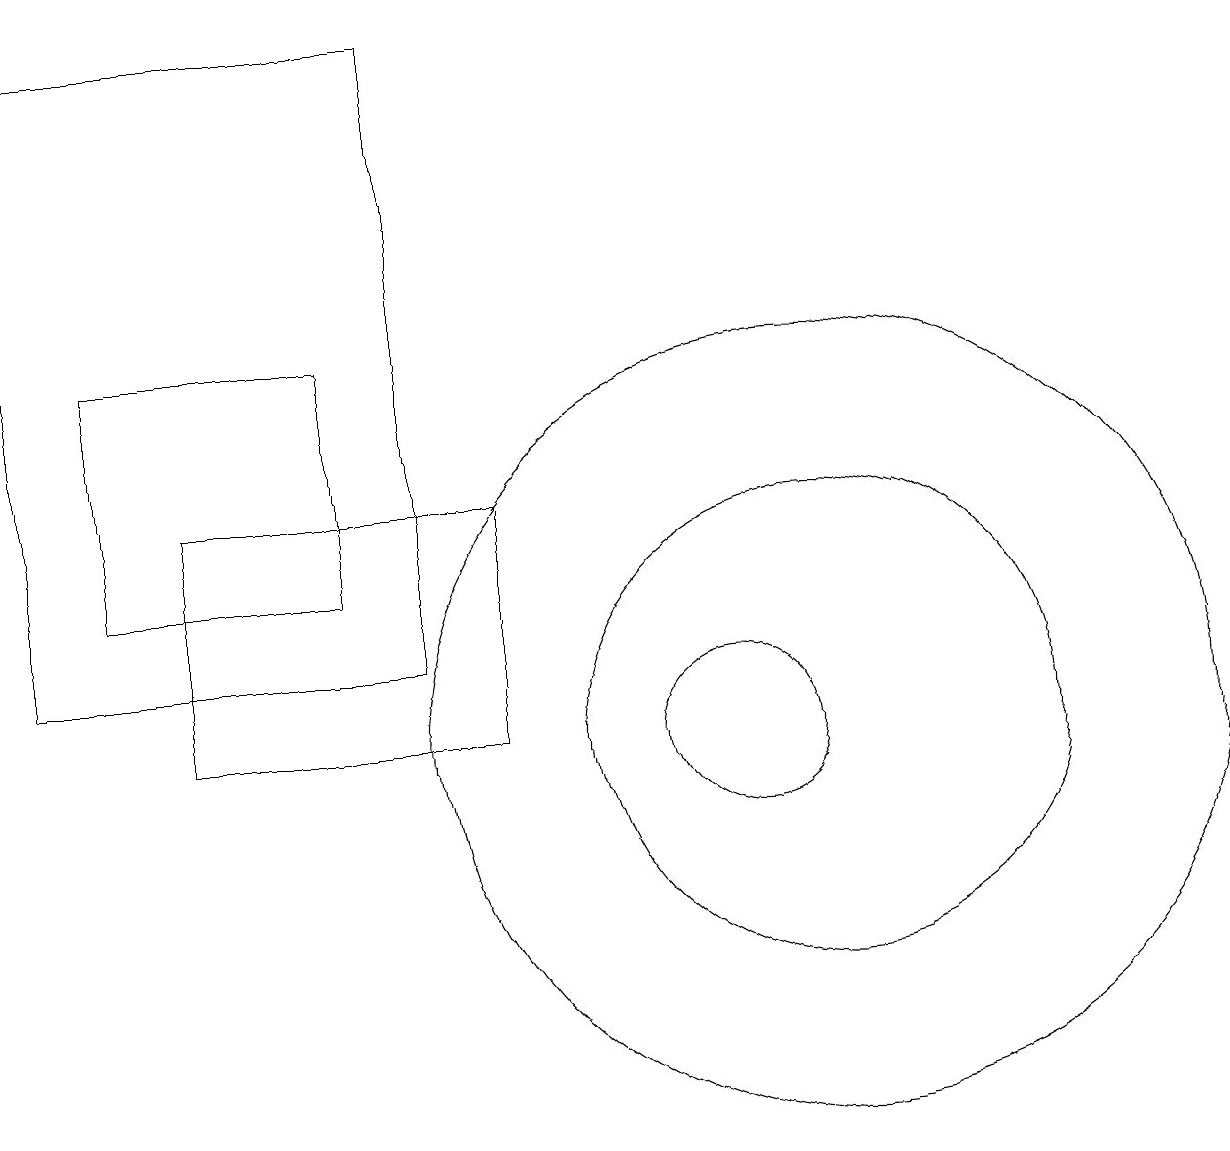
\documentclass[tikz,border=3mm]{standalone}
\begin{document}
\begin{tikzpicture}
\draw (10,10) circle (1);
\draw (2,12) rectangle (5,15);
\draw (7,13) rectangle (3,10);
\draw (11,10) circle (5);
\draw (11,10) circle (3);
\draw (6,11) rectangle (1,19);
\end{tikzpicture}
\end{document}